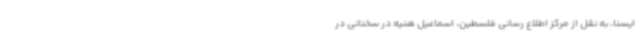
ایسنا، به نقل از مرکز اطلاع رسانی فلسطین، اسماعیل هنیه در سخنانی در